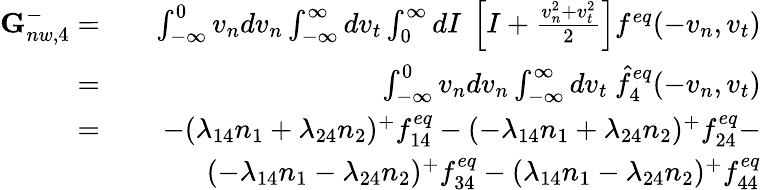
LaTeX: \begin{array}{rlr}{\textbf{G}_{nw,4}^{-}=}&{}&{\int_{-\infty}^{0}v_{n}dv_{n}\int_{-\infty}^{\infty}dv_{t}\int_{0}^{\infty}dI\ \left[I+\frac{v_{n}^{2}+v_{t}^{2}}{2}\right]f^{eq}(-v_{n},v_{t})}\\ {=}&{}&{\int_{-\infty}^{0}v_{n}dv_{n}\int_{-\infty}^{\infty}dv_{t}\ \hat{f}_{4}^{eq}(-v_{n},v_{t})}\\ {=}&{}&{-(\lambda_{14}n_{1}+\lambda_{24}n_{2})^{+}f_{14}^{eq}-(-\lambda_{14}n_{1}+\lambda_{24}n_{2})^{+}f_{24}^{eq}-}\\ &{}&{(-\lambda_{14}n_{1}-\lambda_{24}n_{2})^{+}f_{34}^{eq}-(\lambda_{14}n_{1}-\lambda_{24}n_{2})^{+}f_{44}^{eq}}\end{array}